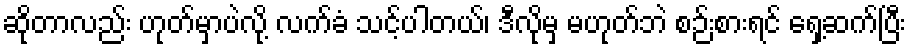
ဆိုတာလည်း ဟုတ်မှာပဲလို့ လက်ခံ သင့်ပါတယ်၊ ဒီလိုမှ မဟုတ်ဘဲ စဉ်းစားရင် ရှေ့ဆက်ပြီး